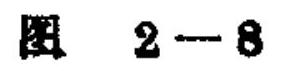
图 2 - 8